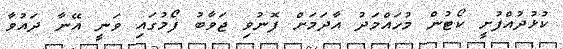
ކުޅުދުއްފުށީ ކޯޓުން މުހައްމަދު އާދަމަށް ފޮނުވި ޖަވާބު ފޯމުގައި ވަނީ އޭނާ ދައުވާ